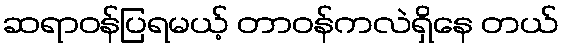
ဆရာဝန်ပြရမယ့် တာဝန်ကလဲရှိနေ တယ်